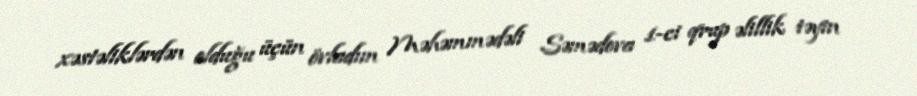
xəstəliklərdən olduğu üçün övladım Məhəmmədəli Səmədova 1-ci qrup əlillik təyin